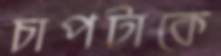
চাপটাকে